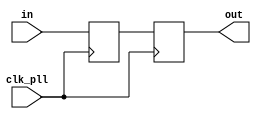
`timescale 1ns / 1ps

module PipeReg
#(parameter num_of_pipes = 2, num_of_bits = 27)( 
	input wire [num_of_bits - 1 : 0] in,
	input wire clk_pll,
	
	output wire [num_of_bits - 1 : 0] out
    );
	
	reg [num_of_bits - 1 : 0] pipe [num_of_pipes - 1 : 0];
	
	
	integer i;
	always @(posedge clk_pll)
	begin
		pipe [0] <= in;
		for(i = 1; i < num_of_pipes; i = i + 1)
		begin
			pipe[i]  <= pipe[i - 1];
		end
	end
	
	assign out = pipe[num_of_pipes - 1];
	
endmodule